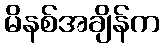
မိနစ်အချိန်က